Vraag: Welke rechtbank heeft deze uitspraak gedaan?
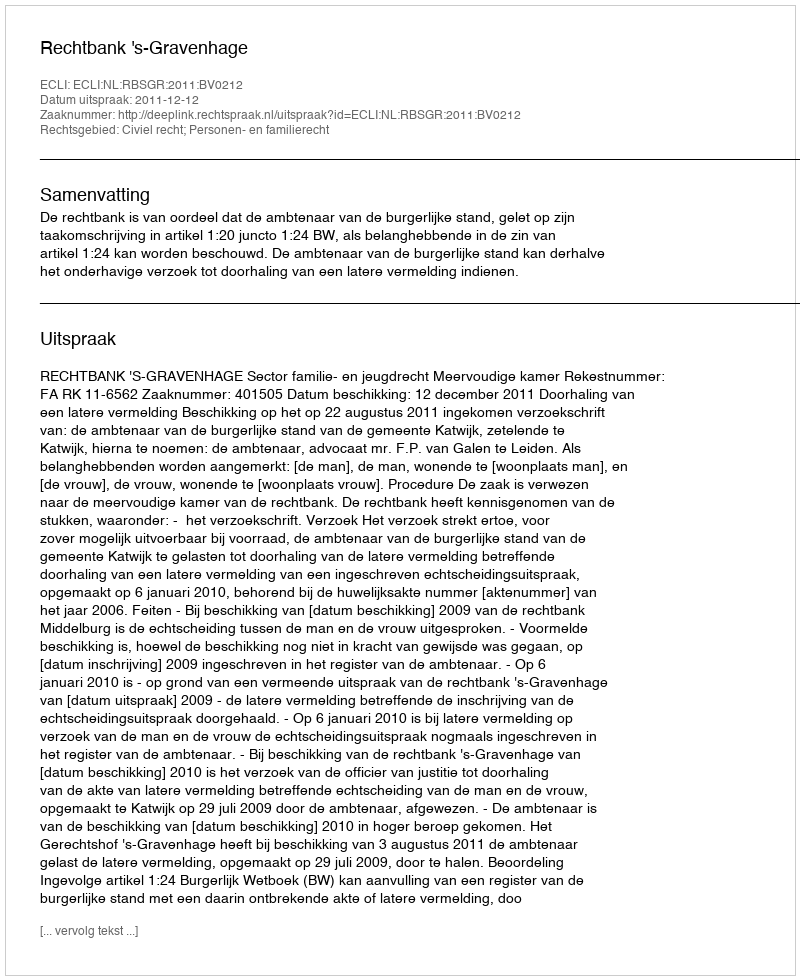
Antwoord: Rechtbank 's-Gravenhage